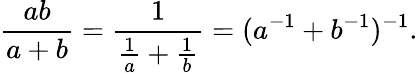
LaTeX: {\frac{ab}{a+b}}={\frac{1}{{\frac{1}{a}}+{\frac{1}{b}}}}=(a^{-1}+b^{-1})^{-1}.